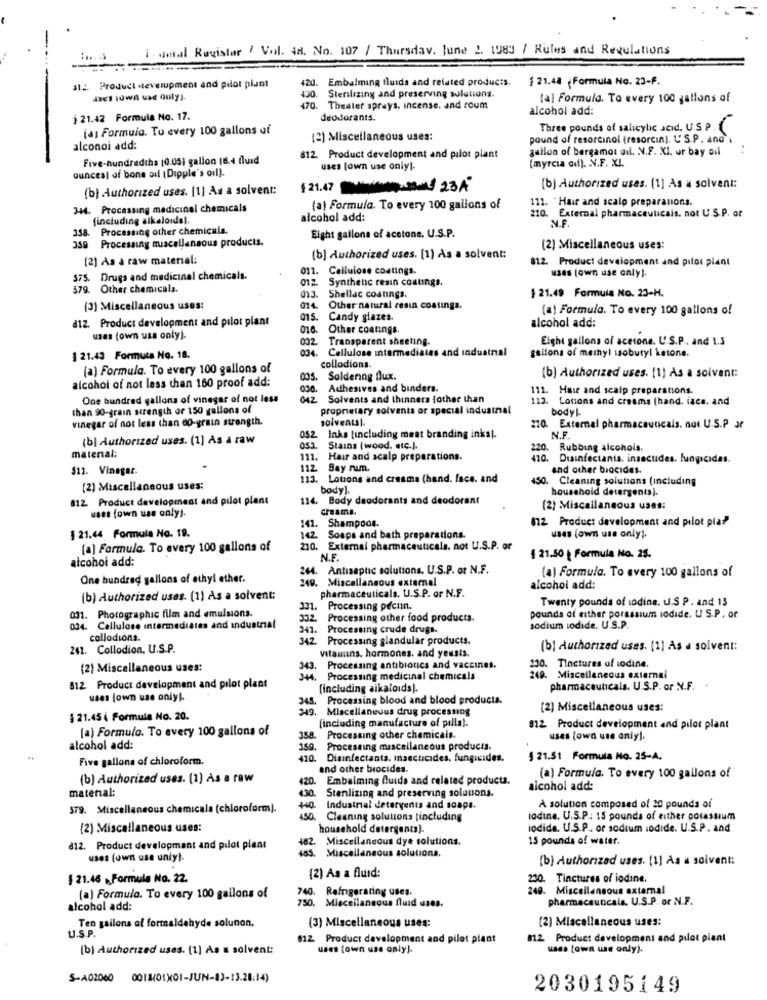
i . dmal Registar / Vol. 48. No. 107 / Thursday, June 2. 1983 / Rules and Regulations
a12. Product development and pilot plant
Embalming fluids and related products.
1 21.48 . Formula No. 23-F.
420.
Sterilizing and preserving solutions.
(a) Formula. To every 100 gallons of
470. Theater sprays. incense, and roum
alcohol add:
j 21.42 Formula No. 17.
deodorants.
(a) Formuio. Tu every 100 gallons of
Three pounds of salicylic acid. U.S P.
(2) Miscellaneous uses:
pound of resorcinol (resorcin). L' S.P. and
alconoi add:
gullon of bergamot oil. N.F. XI. ur bay oil
Five-hundredths 10.05) galion 16.4 fluid
812. Product development and pilot plant
(myrcia auf). . V.F. XI.
ouncesl of bone ail (Dipple's oil).
uses [own use onlyl-
(b) Authorized uses. [1] As a solvent:
§ 21.47 23A
[b] Authorized uses. (1] As a solvent:
111. "Hair and scalp preparations.
344. Processing medicinal chemicals
(a) Formula. To every 100 gallons of
(including alkaloidsl.
alcohol add:
210. External pharmaceuticals. not U.S.P. of
Processing other chemicals.
359 Processing miscellaneous products.
Eight gallons of acetone. U.S.P.
(2) Miscellaneous uses:
(2) As à raw material:
(b) Authorized uses. (1) As a solvent:
812. Product development and pilot plant
011. Cellulose coatings.
uses (own use only).
575. Drugs and medicinal chemicals.
012. Synthenc resin coatings.
579. Other chemicala.
013. Shellac costings.
$ 21.49 Formula No. 23-H.
(3) Miscellaneous uses:
014
Other natural cesin costinga.
(a) Formula. To every 100 gallons of
015.
Candy glazes.
812. Product development and pilot plant
016.
Other coatings.
alcohol add:
usas (own uss only).
032.
Transparent sheeting.
Eight gallons of acetone. U.S.P .. and 1.3
034-
Cellulose intermediates and industrial
gallons of meinyl isobutyl ketone.
§ 21.43 Formula No. 18.
collodions.
(a) Formula. To every 100 gallons of
alcohol of not less than 160 proof add:
Soldering flux.
(b) Authorized uses. [1] As a solvent:
030.
Adhesives and binders.
111. Hase and scalp preparations.
One hundred gallons of vinegar of not less
042
Solvents and thinners {other than
113. Louons and creama (hand. face. and
than 90-grain strength or 150 gallons of
proprietary solvants or special industrial
bodyl-
vinegar of not less than do-grain strength.
solventsl.
210. External pharmaceuticals. not U.S.P ar
(b) Authorized uses. (1] As a raw
052.
Inka (including meat branding inks).
N.F.
05.3.
Stains (wood. etc.).
220. Rubbing alcohols.
matenal:
111.
Hair and scalp preparations.
420. Disinfectanta. insecudes. fungicidas.
$11. Vinegar.
112
Bay rum.
and other biocides.
113.
Lotions and creams (hand. face, and
o. Cleaning solutions (including
(2) Miscellaneous uses:
body].
household detergents).
812. Product development and pilot plant
114. Body deodorants and deodorant
uses fown uas only !.
dreams.
(2) Miscellaneous uses:
$12 Product development and pilot pla?"
§ 21.44 Formula No. 19.
141. Shampoos.
142
Soaps and bath preparations.
uses (own use only).
[a] Formula. To every 100 gallons of
210. External pharmaceuticals. not U.S.P. or
alcohol add:
N.F.
§ 21.50 | Formula No. 25.
244. Antiseptic solutions. U.S.P. or N.F.
One hundred gallons of ethyl ether.
249. Miscellaneous external
(a) Formula. To every 100 gallons of
pharmaceuticals. U.S.P. or N.F.
alcohol add:
(b) Authorized uses. (1) As a solvent:
Twenty pounds of iodine. U.S.P. and 13
031. Photographic film and emulsions.
331.
Processing pectin.
332
Processing other food products.
pounds of either porassum iodide. US.P. or
034. Cellulose intermediates and industrial
341.
Processing crude drugs.
sodium lodide. U.S.P.
collodions.
342. Processing glandular products.
241. Collodion. U.S.P.
vitamins. hormones, and yeusis.
(b) Authorized uses. [1] As a solvent:
(2) Miscellaneous uses:
343
Processing antibiotics and vaccines.
230. Tinctures of iodine.
344. Processing medicinal chemicals
249. Miscellaneous external
812 Product development and pilot plant
(including alkaloids).
pharmaceuticals. U.S.P. or N.F. +
uses (own use only).
345.
Processing blood and blood products.
549.
Miscellaneous drug processing
(2) Miscellaneous uses:
§ 21.45 € Formula No. 20.
(including manufacture of pilla).
(a) Formulo. To every 100 gallons of
812 Product development and pilot plant
358. Processing other chemicals.
usas (own use only).
alcohol add:
150.
Processing miscellaneous products.
Five gallons of chloroform.
410.
Disinfectanta. Insecticides. fungicides.
§ 21.51 Formula No. 25-A.
and other biocides.
(b) Authorized uses. (1) As a raw
420.
Embalming fluids and related products.
(a) Formula. To every 100 gallons of
material:
430
Stenlizing and preserving solutions.
alcohol add:
579. Miscellaneous chemicala (chloroform).
+40.
Industrial detergents and soaps.
A solution composed of 20 pounds ai
450. Cleaning solutions tincluding
iodine. U.S.P .: 15 pounds of either potassium
(2) Miscellaneous uses:
household detergents).
iodida. U.S.P. or sodium iodide. U.S.P. and
482. Miscellaneous dye solutions.
15 pounds of water.
d12. Product development and pilot plant
uses (own use unly).
485. Miscellaneous solutions.
(b) Authorized uses. (1) As a solvent:
(2) As a fluid:
$ 21.46 . Formula No. 22.
230. Tinctures of iodine.
740. Refrigerating uses.
249. Miscellaneous external
(a) Formula. To every 100 gallons of
750. Miscellaneous fluid uses.
pharmaceuticals. U.S.P. or N.F.
alcohol add:
Ten gallons of formaldehyde solunon.
(3) Miscellaneous uses:
(2) Miscellaneous uses:
U.S.P.
612 Product development and pilot plant
812 Product development and pilot plant
[b) Authorized uses. (1) As s solvent:
uses (own use only).
uses (own use only).
S-A02060
2030195149